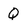
Character: Q